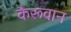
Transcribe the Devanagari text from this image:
कैरूवान